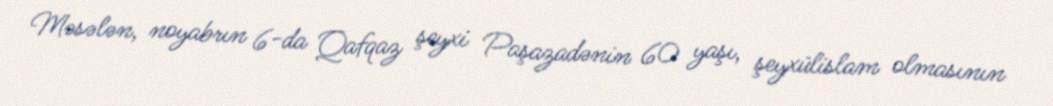
Məsələn, noyabrın 6-da Qafqaz şeyxi Paşazadənin 60 yaşı, şeyxülislam olmasının